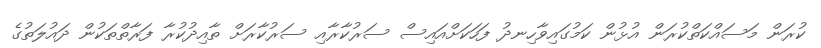
ކުރަން މަސައްކަތްކުރަން އުޅުން ކަމުގައިވާހިނދު ފަހަކަށްއައިސް ސަރުކާރާއި ސަރުކާރަށް ތާއިދުކުރާ ފަރާތްތަކުން ދައުލަތުގެ